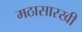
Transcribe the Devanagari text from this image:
मठासारखी